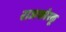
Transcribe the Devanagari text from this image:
राजकोरकू